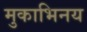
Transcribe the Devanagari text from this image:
मुकाभिनय